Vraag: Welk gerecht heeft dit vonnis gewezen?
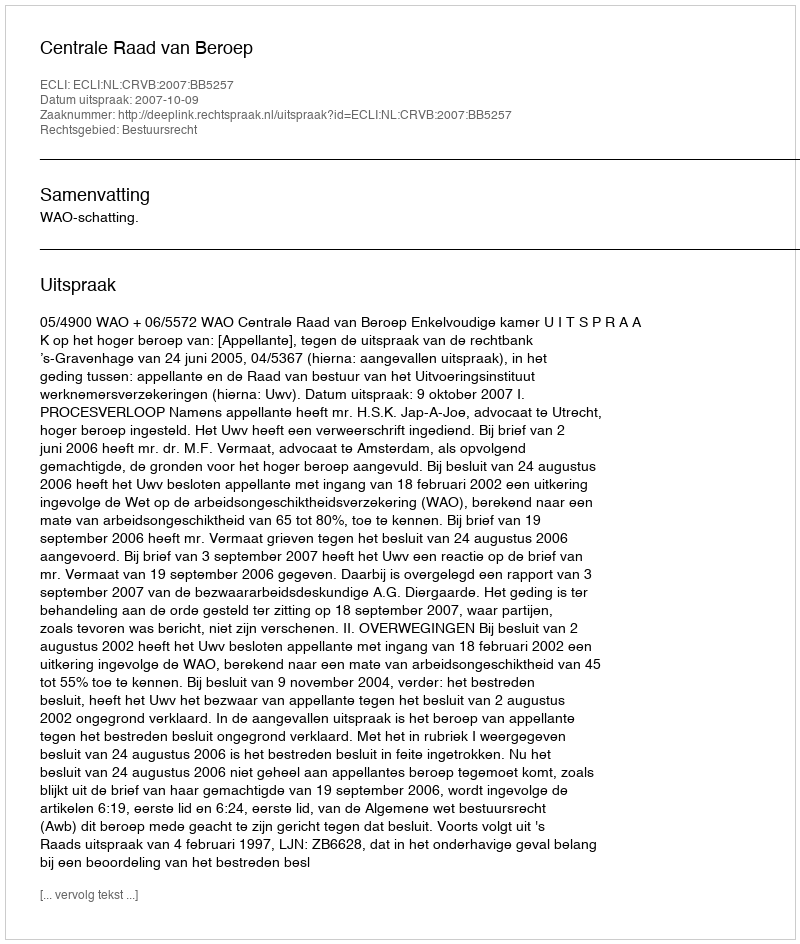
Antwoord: Centrale Raad van Beroep